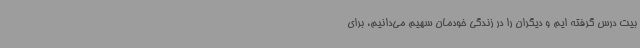
بیت درس گرفته ایم و دیگران را در زندگی خودمان سهیم می‌دانیم، برای